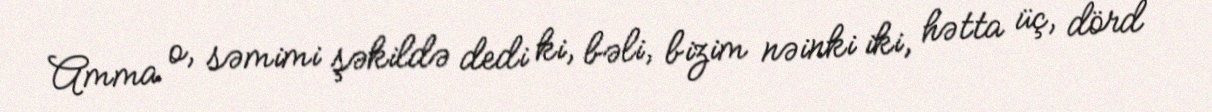
Amma o, səmimi şəkildə dedi ki, bəli, bizim nəinki iki, hətta üç, dörd